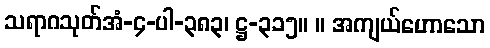
သရာဂသုတ်အံ-၄-ပါ-၃၈၃၊ ဋ္ဌ-၃၁၅။ ။ အကျယ်ဟောသော